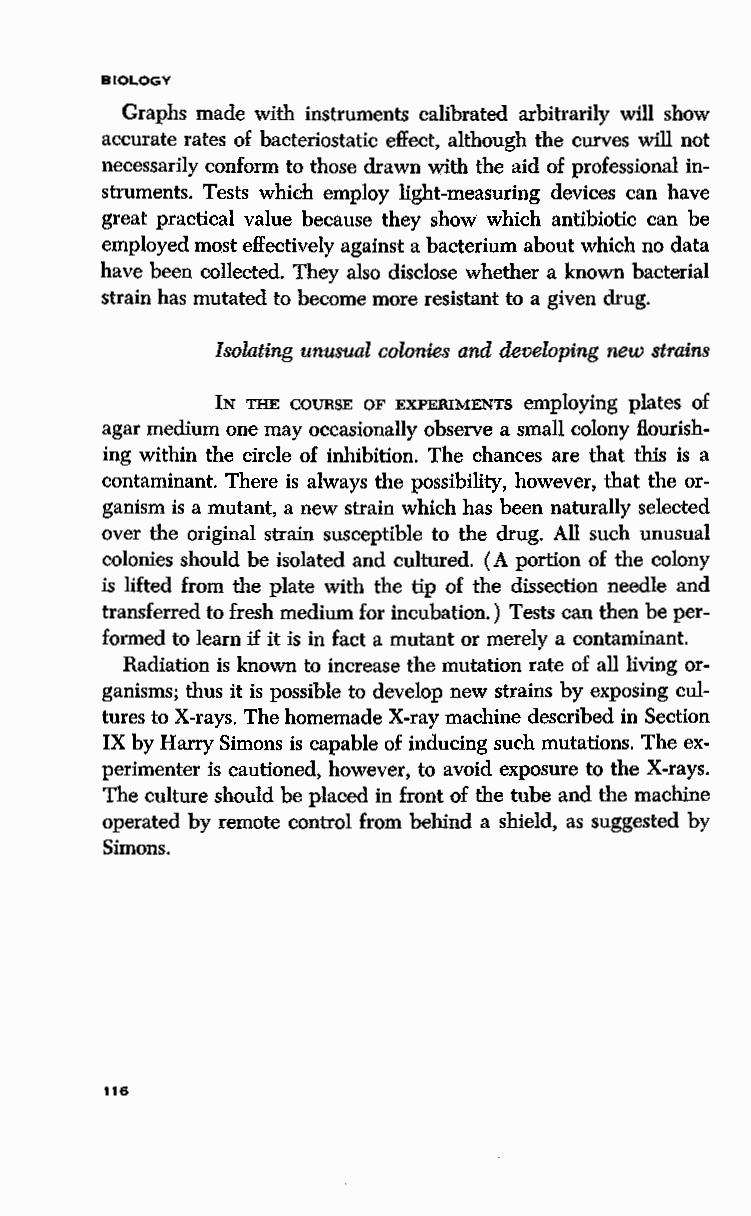
BIOLOGY
 Graphs made with instruments calibrated arbitrarily will show
 accurate rates of bacteriostatic effect, although the curves will not
 necessarily conform to those drawn with the aid of professional in
 struments. Tests which employ light-measuring devices can have
 great practical value because they show which antibiotic can be
 employed most effectively against a bacterium about which no data
 have been collected. They also disclose whether a known bacterial
 strain has mutated to become more resistant to a given drug.
 Isolating unusual colonies and developing new strains
 IN THE COURSE OF EXPERIMENTS employing plates of
 agar medium one may occasionally observe a small colony flourish
 ing within the circle of inhibition. The chances are that this is a
 contaminant. There is always the possibility, however, that the or
 ganism is a mutant, a new strain which has been naturally selected
 over the original strain susceptible to the drug. All such unusual
 colonies should be isolated and cultured. (A portion of the colony
 is lifted from the plate with the tip of the dissection needle and
 transferred to fresh medium for incubation.) Tests can then be per
 formed to learn if it is in fact a mutant or merely a contaminant.
 Radiation is known to increase the mutation rate of all living or
 ganisms; thus it is possible to develop new strains by exposing cul
 tures to X-rays. The homemade X-ray machine described in Section
 IX by Harry Simons is capable of inducing such mutations. The ex
 perimenter is cautioned, however, to avoid exposure to the X-rays.
 The culture should be placed in front of the tube and the machine
 operated by remote control from behind a shield, as suggested by
 Simons.
 116